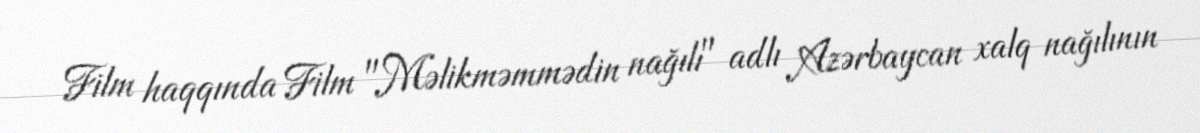
Film haqqında Film "Məlikməmmədin nağılı" adlı Azərbaycan xalq nağılının